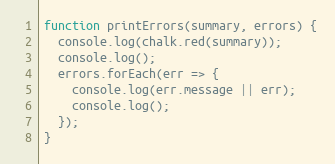
Language: JavaScript
function printErrors(summary, errors) {
  console.log(chalk.red(summary));
  console.log();
  errors.forEach(err => {
    console.log(err.message || err);
    console.log();
  });
}